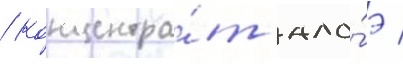
/ концентра́т ало́э /